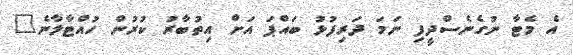
އެ މެޓާ ނުގެނެސްދީފި ނަމަ ދަރިފުޅު ބައްޕަ އަށް އިތުބާރު ކުރުން ހުއްޓާލާނެ"